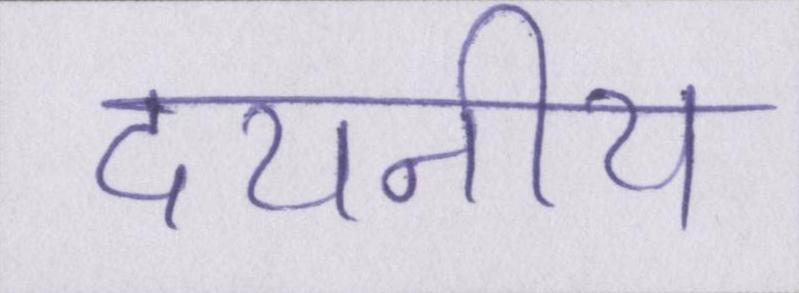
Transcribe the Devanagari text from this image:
दयनीय